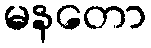
မနတော